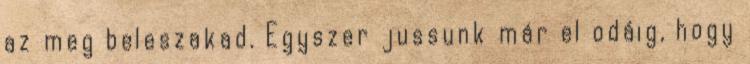
az meg beleszakad. Egyszer jussunk már el odáig, hogy